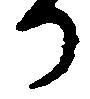
る